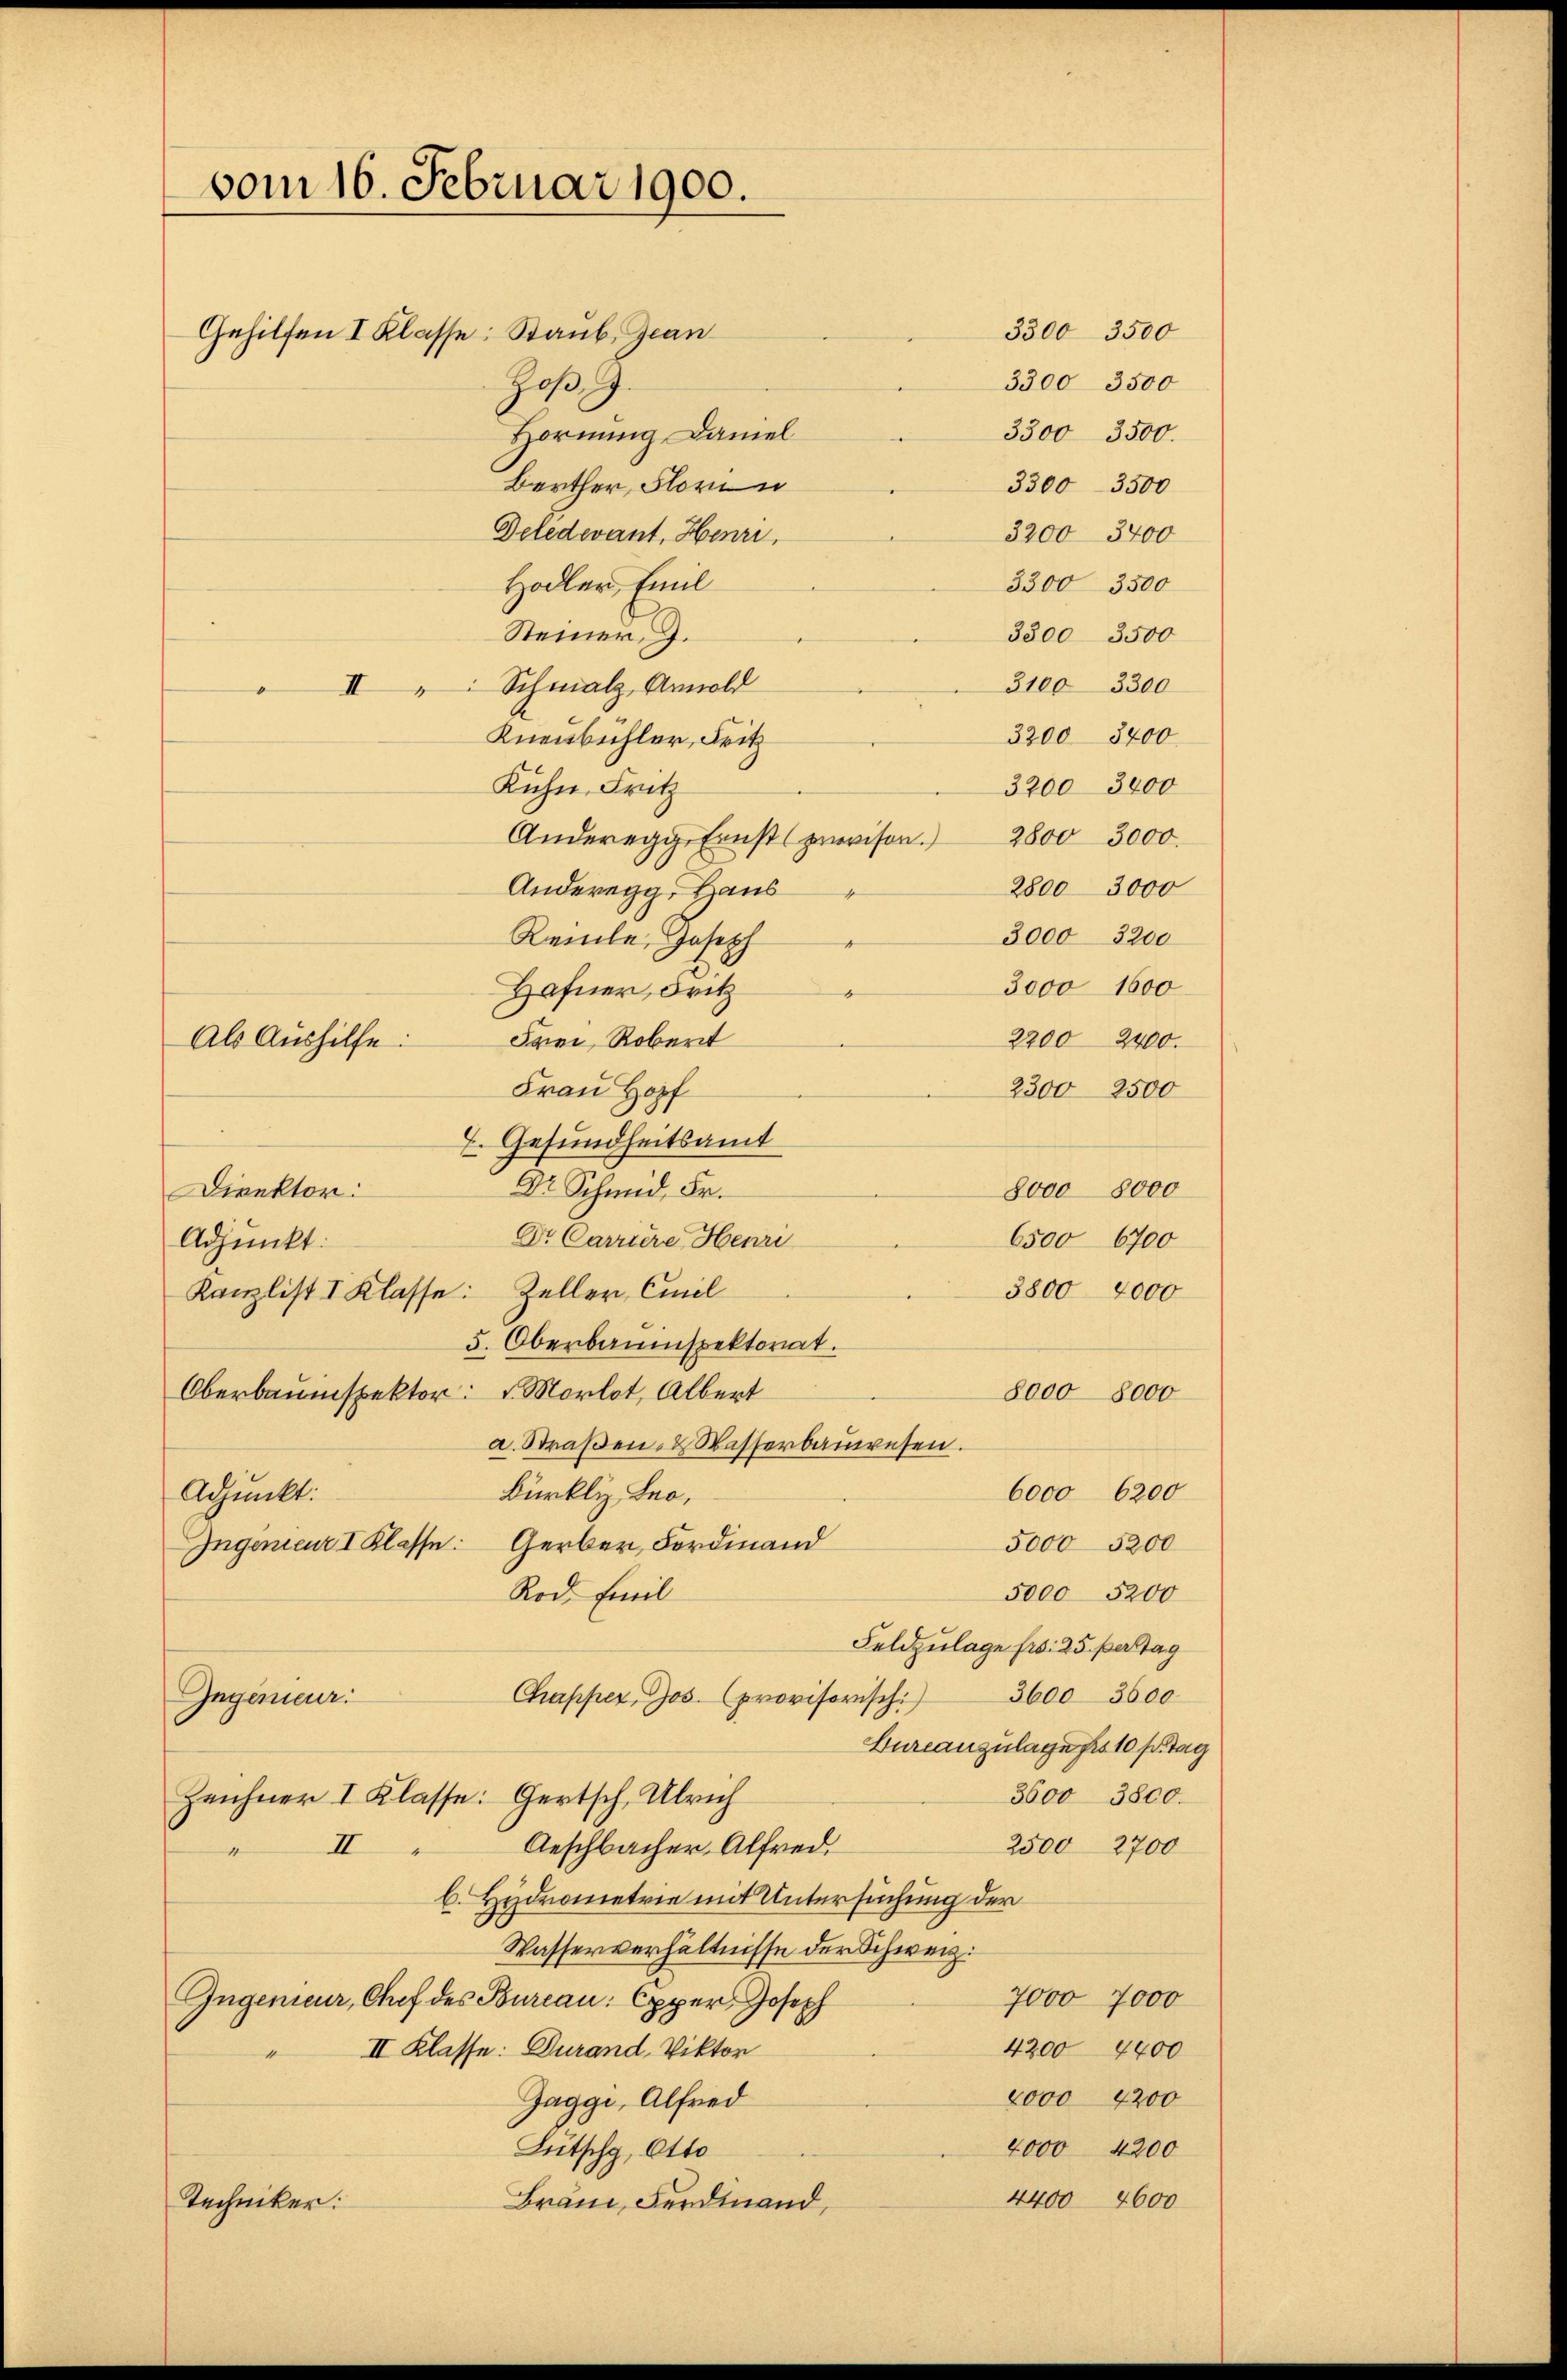
vom 16. Februar 1900.
Gehilfen I Klasse: Staub, Jean
Joß J.
Hornung Daniel

3300 3500.
Berther, Florin
3300 - 3500
Deledevant, Henri
3200 3400
Hodler, Emil
3300 3500
Steiner J.
3300 3500
3100 3300
II: Schmalz, Arnold
3200 8400
Knenbühler, Fritz
Kühn, Fritz
3200 3400
Anderegg Ernst (provison. 2800 3000.
2800 3000
Anderegg, Haus
3000 3200
Rente, Joseph
3000 1600
Hafner, Fritz
4
Frei, Robert
2200 2400.
Als Aushilfe:
2300 2500
Frau Hopf
7. Gesundheitsamt
Dr Schmid, Fr.
8000 8000
Direktor:
Dr. Carnere Henri
6500 6700
Adjunkt:
3800 2000
Kanzlist I Klasse: Zeller, Emil
5. Oberbauinspektorat.
Oberbauinspektor: „Morlot, Albert
8000 8000
a. Straβen- & Wasserbauwesen.
Bürkli Leo,
6000 6200
Adjunkt:
5,000 5200
Ingenieur I Klasse: Gerber, Fordinand
Rod. Emil
5000 5200
Feldzulage fr. 25. perstag
Jugenieur.
Chapper, Jos. (provisorisch: 36003600
Bureauzulage für 10 Tag
3600 3800.
Zeichner I Klasse: Gertsch. Ulrich
Anschbacher, Alfred,
2500 2700
II
b. Hydrometrie mit Untersuchung der
Wasserverhältnisse der Schweiz.
7000 7000
Ingenieur, Chef des Bureau: Opper Joseph
II Klasse: Durand, Viktor
4200 4400
2000 4200
Gaggi, Alfred
Lütschg, Otto
4000 4200
4400 4600
Brand, Ferdinand,
Techniker:

3300 3500
3300 3500